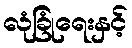
လုံခြုံရေးနှင့်